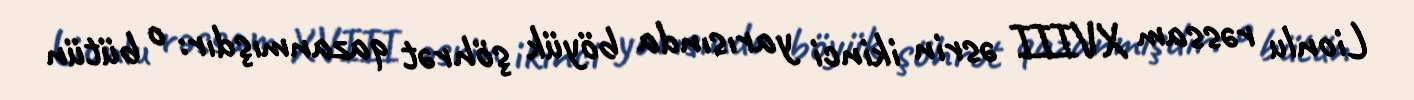
Lionlu rəssam XVIII əsrin ikinci yarısında böyük şöhrət qazanmışdır: o bütün